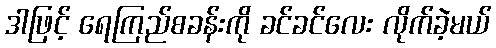
ဒါဖြင့် ရေကြည်စခန်းကို ခင်ခင်လေး လိုက်ခဲ့မယ်